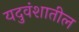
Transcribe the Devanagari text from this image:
यदुवंशातील